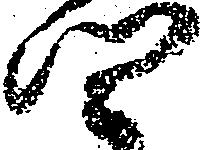
四